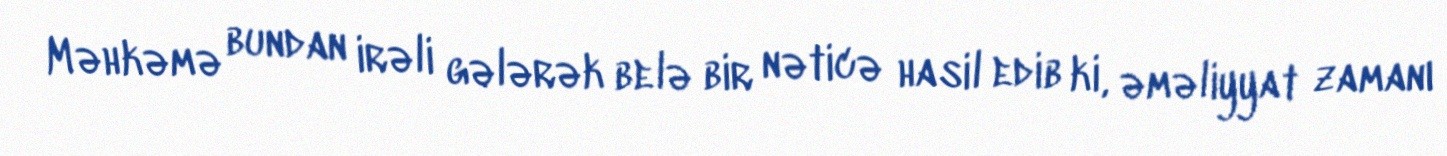
Məhkəmə bundan irəli gələrək belə bir nəticə hasil edib ki, əməliyyat zamanı